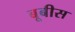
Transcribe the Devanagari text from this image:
बूबीस